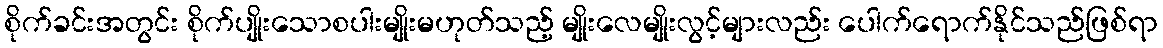
စိုက်ခင်းအတွင်း စိုက်ပျိုးသောစပါးမျိုးမဟုတ်သည့် မျိုးလေမျိုးလွင့်များလည်း ပေါက်ရောက်နိုင်သည်ဖြစ်ရာ